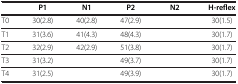
<table><thead><tr><td>[EMPTY_CELL]</td><td><b>P1</b></td><td><b>N1</b></td><td><b>P2</b></td><td><b>N2</b></td><td><b>H-reflex</b></td></tr></thead><tbody><tr><td>T0</td><td>30(2.8)</td><td>40(2.8)</td><td>47(2.9)</td><td>[EMPTY_CELL]</td><td>30(1.5)</td></tr><tr><td>T1</td><td>31(3.6)</td><td>41(4.3)</td><td>48(4.3)</td><td>[EMPTY_CELL]</td><td>30(1.7)</td></tr><tr><td>T2</td><td>32(2.9)</td><td>42(2.9)</td><td>51(3.8)</td><td>[EMPTY_CELL]</td><td>30(1.7)</td></tr><tr><td>T3</td><td>31(3.2)</td><td>[EMPTY_CELL]</td><td>49(3.7)</td><td>[EMPTY_CELL]</td><td>30(1.7)</td></tr><tr><td>T4</td><td>31(2.5)</td><td>[EMPTY_CELL]</td><td>49(3.9)</td><td>[EMPTY_CELL]</td><td>30(1.7)</td></tr></tbody></table>